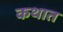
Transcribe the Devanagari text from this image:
कथात